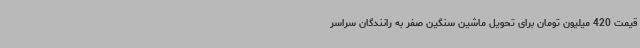
قیمت 420 میلیون تومان برای تحویل ماشین سنگین صفر به رانندگان سراسر